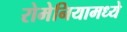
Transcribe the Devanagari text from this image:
रोमेनियामध्ये